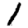
Digit: 1